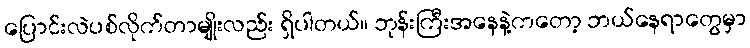
ပြောင်းလဲပစ်လိုက်တာမျိုးလည်း ရှိပါတယ်။ ဘုန်းကြီးအနေနဲ့ကတော့ ဘယ်နေရာတွေမှာ